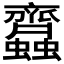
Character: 𧖊